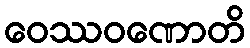
ဝေဿဝဏောတိ